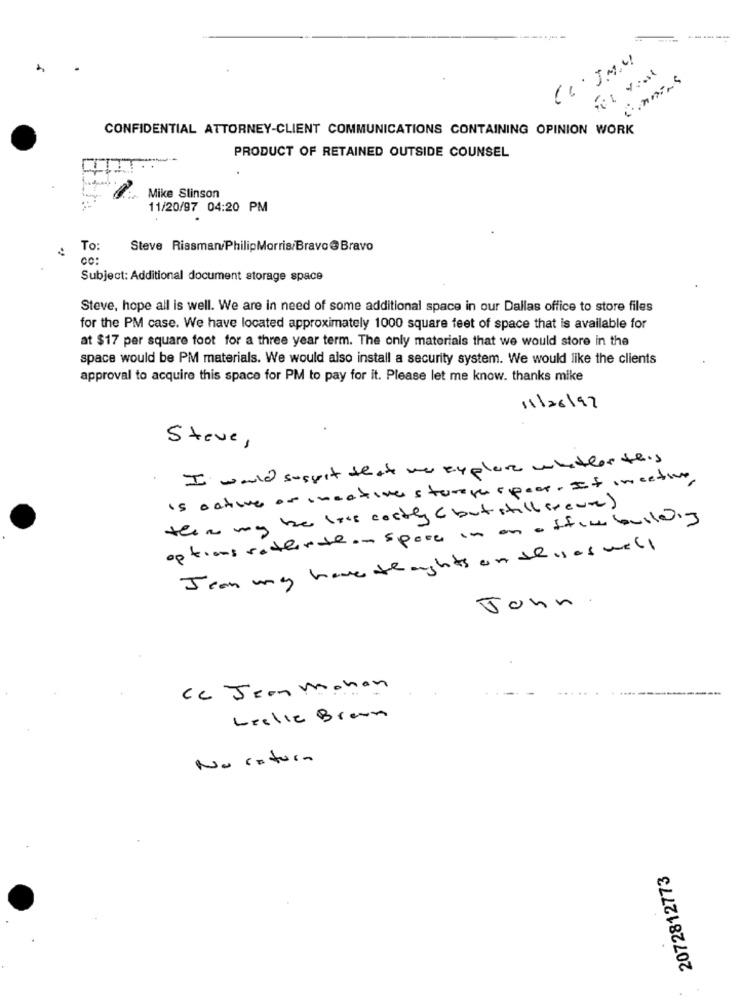
CC. J.M.M
CONFIDENTIAL ATTORNEY-CLIENT COMMUNICATIONS CONTAINING OPINION WORK
PRODUCT OF RETAINED OUTSIDE COUNSEL
Mike Stinson
11/20/97 04:20 PM
..
To:
Steve Riasman/PhilipMorris/Bravo@ Bravo
Subject: Additional document storage space
Steve, hope all is well. We are in need of some additional space in our Dallas office to store files
for the PM case. We have located approximately 1000 square feet of space that is available for
at $17 per square foot for a three year term. The only materials that we would store in the
space would be PM materials. We would also install a security system. We would like the clients
approval to acquire this space for PM to pay for it. Please let me know. thanks mike
11/26/92
Steve,
. I would suspit that we explore whether this
Is active on cncative storage speer. If inactive
this may be late costly ( but still creare )
options ratherthan spese in an office building
Jean my have thoughts on thisas well
John.
ce Jean mohan
Leelle Brawn
No return
2072812773